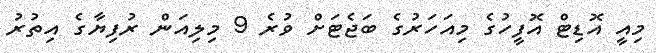
މިއީ އޮޑިޓް އޮފީހުގެ މިއަހަރުގެ ބަޖެޓަށް ވުރެ 9 މިލިއަން ރުފިޔާގެ އިތުރު